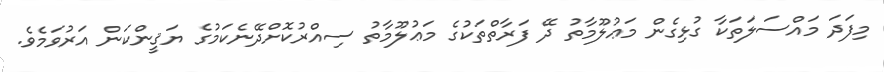
މިފަދަ މައްސަލަތަކާ ގުޅިގެން މަޢުލޫމާތު ދޭ ފަރާތްތަކުގެ މަޢުލޫމާތު ސިއްރުކޮށްދޭނެކަމުގެ ޔަޤީންކަން އަރުވަމެވެ.